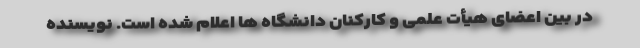
در بین اعضای هیأت علمی و کارکنان دانشگاه ها اعلام شده است. نویسنده